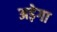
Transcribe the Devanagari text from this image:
अड़ेगा